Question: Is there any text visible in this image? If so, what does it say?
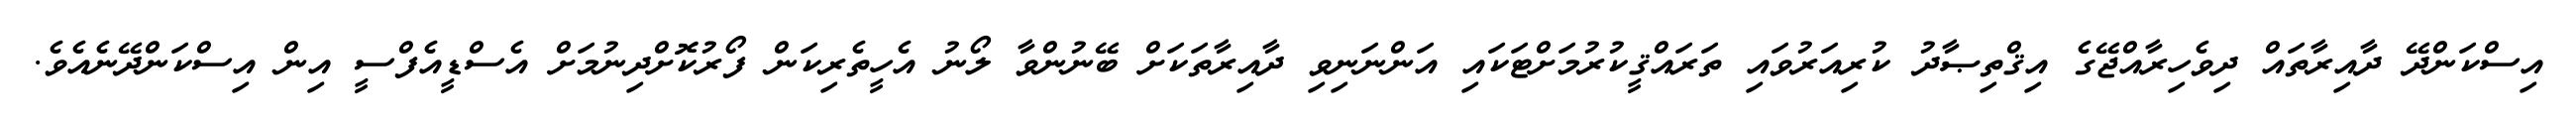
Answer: އިސްކަންދޭ ދާއިރާތައް ދިވެހިރާއްޖޭގެ އިޤްތިޞާދު ކުރިއަރުވައި ތަރައްޤީކުރުމަށްޓަކައި އަންނަނިވި ދާއިރާތަކަށް ބޭނުންވާ ލޯނު އެހީތެރިކަން ފޯރުކޮށްދިނުމަށް އެސްޑީއެފްސީ އިން އިސްކަންދޭނެއެވެ.